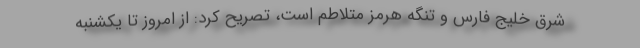
شرق خلیج فارس و تنگه هرمز متلاطم است، تصریح کرد: از امروز تا یکشنبه